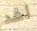
لقد